Report on sanitation, dispensaries, and jails in Rajputana for 1909, and on vaccination for the year 1909-1910 - 1909-1910
Year: 1909
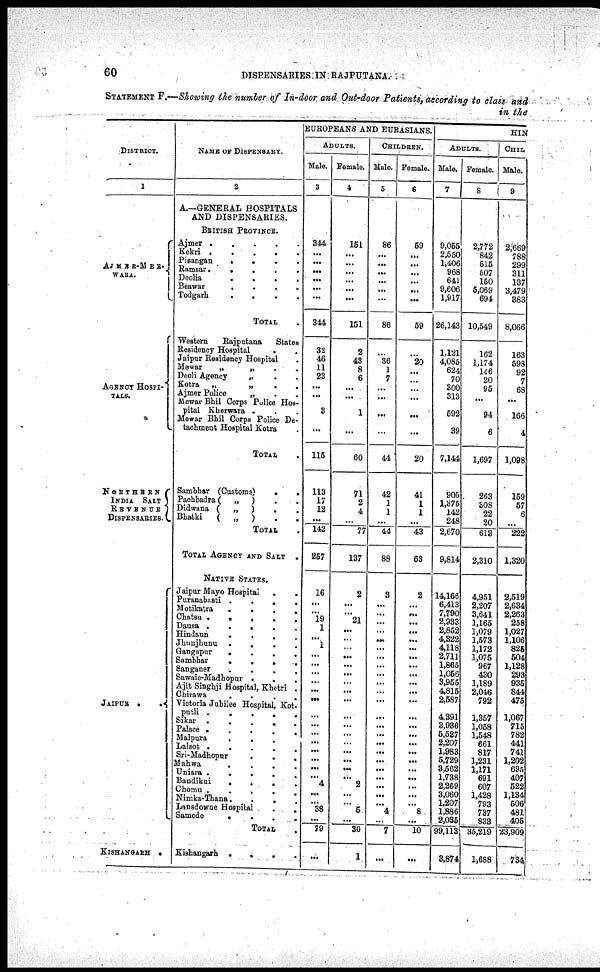
60
DISPENSARIES IN RAJPUTANA.
STATEMENT F.—Showing the number of In-door and Out-door Patients, according to class and
in the
DISTRICT.
1
AJMER-MER¬
WARA.
AGENCY HOSPI¬
TALS.
NORTHERN
INDIA SALT
REVENCE
DISPENSARIES.
JAIPUR .
.
KISHANGARH
.
NAME OF DISPENSARY.
2
A.—GENERAA HOSPITALS
AND DISPENSARIES.
BRITISH PROVINCE.
Ajmer .
. . . .
Kekri
.
.
.
.
.
Pisangan
.
.
.
.
Ramsar.
.
. . .
Deolia
.
.
.
.
Beawar
.
.
.
.
Todgarh
.
.
.
.
TOTAL .
Western
Rajputana
States
Residency Hospital . .
Jaipur Residency Hospital .
Mewar
„
„ . .
Deoli Agency
„ . .
Kotra
„
„
.
.
Ajmer Police
„ . .
Mewar Bhil Corps Police Hos-
pital Kherwara . . .
Mewar Bhil Corps Police De-
tachment Hospital Kotra .
TOTAL .
Sambhar (Customs)
.
.
Pachbadra(
„
) . .
Didwana (
„
)
. .
Bhatki
(
„
) . .
TOTAL .
TOTAL AGENCY AND SALT.
NATIVE STATES.
Jaipur Mayo Hospital . .
Puranabasti .
.
.
.
Motikatra
.
.
.
.
Chatsu .
.
.
.
.
Dausa
.
.
.
.
.
Hindaun
.
.
.
.
Jhunjhunu
.
.
.
.
Gangapur
.
.
.
.
Sambhar
.
.
. .
Sanganer
.
.
.
.
Sawaie-Madhopur .
. .
Ajit Singhji Hospital, Khetri .
Chirawa
.
.
.
.
Victoria Jubilee Hospital, Kot¬
putli
.
.
.
.
.
Sikar
.
.
.
.
Palace
.
.
.
.
.
Malpura . . . .
Lalsot .
.
.
.
.
Sri-Madhopur . . .
Mahwa
.
.
.
.
Uniara .
.
.
.
.
Bandikui
.
.
.
.
Chomu .
.
.
.
.
Nimka-Thana.
.
.
.
Lansdowne
Hospital.
.
Samode
.
.
.
.
TOTAL .
Kishangarh .
.
.
EUROPEANS AND EURASIANS.
ADULTS.
Male.
3
344
...
...
...
...
...
...
344
32
46
11
23
...
...
3
...
115
113
17
12
...
142
257
16
...
...
19
1
...
1
...
...
...
...
...
...
...
...
...
...
...
...
...
...
4
...
...
38
...
79
...
Female.
4
151
...
...
...
...
...
...
151
2
43
8
6
...
...
1
...
60
71
2
4
...
77
137
2
...
...
21
...
...
...
...
...
...
...
...
...
...
...
...
...
...
...
...
...
2
...
...
5
...
30
1
CHILDREN.
Male.
5
86
...
...
...
...
...
...
86
...
36
1
7
...
...
...
...
44
42
1
1
...
44
88
3
...
...
...
...
...
...
...
...
...
...
...
...
...
...
...
...
...
...
...
...
...
...
...
4
...
7
...
Female.
6
59
...
...
...
...
...
...
59
...
20
...
...
...
...
...
...
20
41
1
1
...
43
63
2
...
...
...
...
...
...
...
...
...
...
...
...
...
...
...
...
...
...
...
...
...
...
...
8
...
10
...
HIN
ADULTS.
Male.
7
9,055
2,550
1,406
968
641
9,606
1,917
26,143
1,121
4,085
624
70
300
313
592
39
7,144
905
1,375
142
248
2,670
9,814
14,166
6,413
7,790
2,933
2,852
4,322
4,118
2,711
1,865
1,056
3,955
4,815
2,587
4,391
3,936
5,527
2,207
1,983
5,729
3,562
1,738
2,269
3,060
1,207
1,886
2,0356
99,113
3,874
Female.
8
2,772
842
515
507
150
5,069
694
10,549
162
1,174
146
20
95
...
94
6
1,697
263
308
22
20
613
2,310
4,951
2,207
3,641
1,165
1,079
1,573
1,172
1,075
967
430
1,189
2,046
792
1,357
1,058
1,548
661
817
1,231
1,171
691
607
1,428
793
737
833
35,219
1,688
CHIL
Male.
9
2,669
788
299
311
137
3,479
383
8,066
163
598
92
7
68
...
166
4
1,098
159
57
6
...
222
1,320
2,519
2,634
2,263
258
1,027
1,106
825
504
1,128
293
935
844
475
1,067
715
782
441
741
1,202
695
407
522
1,134
506
481
405
23,909
734